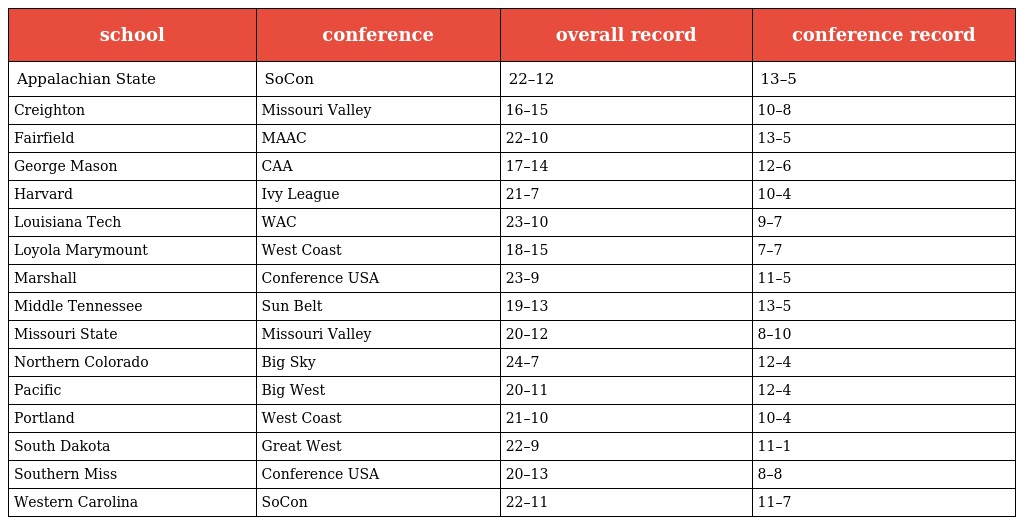
| school | conference | overall record | conference record |
 | --- | --- | --- | --- |
 | Appalachian State | SoCon | 22–12 | 13–5 |
 | Creighton | Missouri Valley | 16–15 | 10–8 |
 | Fairfield | MAAC | 22–10 | 13–5 |
 | George Mason | CAA | 17–14 | 12–6 |
 | Harvard | Ivy League | 21–7 | 10–4 |
 | Louisiana Tech | WAC | 23–10 | 9–7 |
 | Loyola Marymount | West Coast | 18–15 | 7–7 |
 | Marshall | Conference USA | 23–9 | 11–5 |
 | Middle Tennessee | Sun Belt | 19–13 | 13–5 |
 | Missouri State | Missouri Valley | 20–12 | 8–10 |
 | Northern Colorado | Big Sky | 24–7 | 12–4 |
 | Pacific | Big West | 20–11 | 12–4 |
 | Portland | West Coast | 21–10 | 10–4 |
 | South Dakota | Great West | 22–9 | 11–1 |
 | Southern Miss | Conference USA | 20–13 | 8–8 |
 | Western Carolina | SoCon | 22–11 | 11–7 |